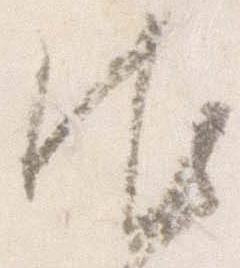
御